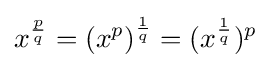
x^{\frac {p}{q}}=\left(x^{p}\right)^{\frac {1}{q}}=(x^{\frac {1}{q}})^{p}